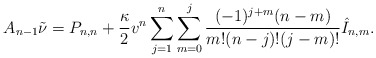
\begin{align*} A_{n-1}\tilde{\nu}=P_{n,n}+\frac{\kappa}{2}v^n\sum_{j=1}^n\sum_{m=0}^j\frac{(-1)^{j+m}(n-m)}{m!(n-j)!(j-m)!}\hat{I}_{n,m}.\end{align*}